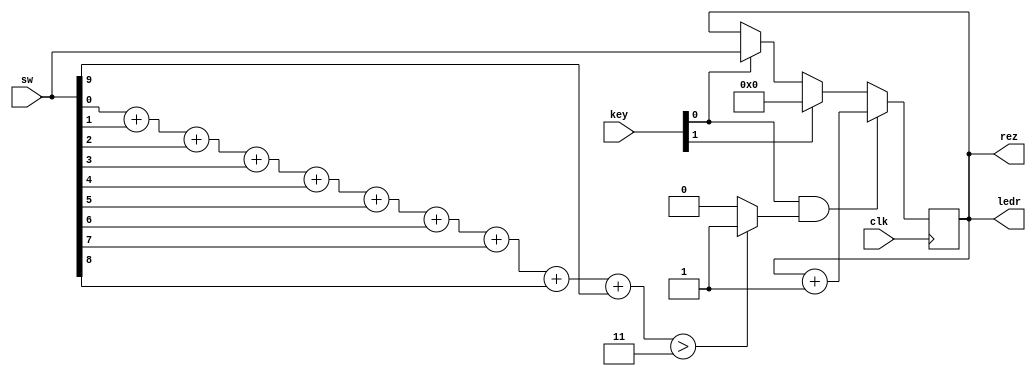
module cnt_8bit (  //rename later
						input 				clk,
						input      [9:0] 	sw,
						input 	   [1:0] 	key,
						output 	   [9:0] 	ledr,
						output reg [9:0] 	rez
								);
integer i;
reg my_event;
wire reset;
assign reset = key[1];

always @(sw) //check event
begin
    if ((sw[0] + sw[1] + sw[2] + sw[3] + sw[4] + sw[5] + 
		sw[6] + sw[7] + sw[8] + sw[9]) > 4'd3)  
		my_event <= 1'b1;
	else 
		my_event <= 1'b0;
end
								
always @(posedge clk)
begin

	if (reset)
		begin
		//ledr <= 0;	
		rez <= 0;						
		end
	else
																							
if (key[0])
	begin
		rez <= sw; // if key_0 pressed write sw 					
	end	

if (key[0] && my_event) // if event '+1'
	begin
	rez <= rez + 1'b1;
				
	end
																																																	
end
assign ledr = rez;
endmodule